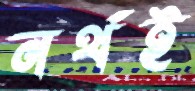
নর্থই